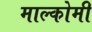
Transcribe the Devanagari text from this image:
माल्कोमी